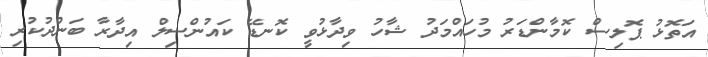
އަތޮޅު ޕޮލިސް ކޮމާންޑަރު މުހައްމަދު ޝާހު ވިދާޅުވީ ކޮނޑޭ ކައުންސިލް އިދާރާ ބަންދުކުރި